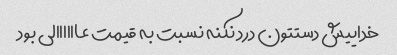
خداییش دستتون درد نکنه نسبت به قیمت عاااااالی بود